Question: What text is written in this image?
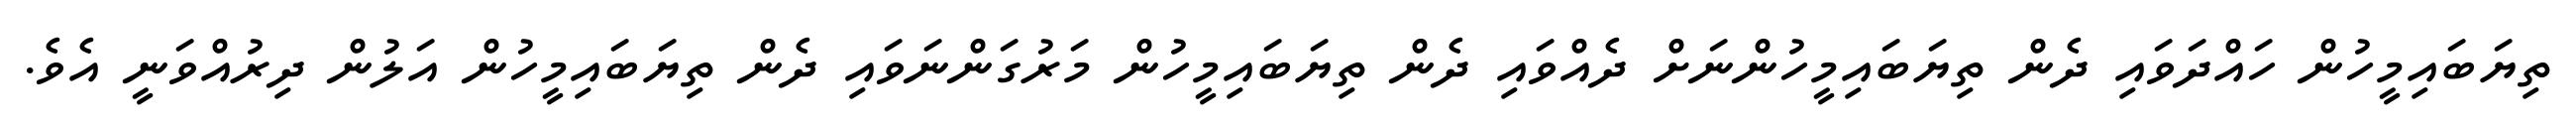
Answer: ތިޔަބައިމީހުން ހައްދަވައި ދެން ތިޔަބައިމީހުންނަށް ދެއްވައި ދެން ތިޔަބައިމީހުން މަރުގަންނަވައި ދެން ތިޔަބައިމީހުން އަލުން ދިރުއްވަނީ އެވެ.